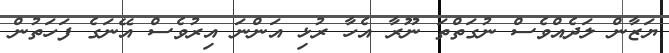
ޔަޒާން ލަދެއްވެސް ނުގަތްތަ ނޫރާ އެހާ ރުޅި އަންނަ އިރުވެސް އޭނަގެ ފަހަތުން